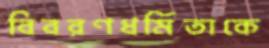
বিবরণধর্মিতাকে